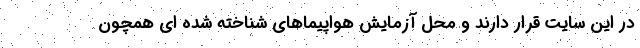
در این سایت قرار دارند و محل آزمایش هواپیماهای شناخته شده ای همچون